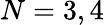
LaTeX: N=3,4